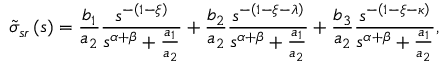
\tilde { \sigma } _ { s r } \left( s \right) = \frac { b _ { 1 } } { a _ { 2 } } \frac { s ^ { - \left( 1 - \xi \right) } } { s ^ { \alpha + \beta } + \frac { a _ { 1 } } { a _ { 2 } } } + \frac { b _ { 2 } } { a _ { 2 } } \frac { s ^ { - \left( 1 - \xi - \lambda \right) } } { s ^ { \alpha + \beta } + \frac { a _ { 1 } } { a _ { 2 } } } + \frac { b _ { 3 } } { a _ { 2 } } \frac { s ^ { - \left( 1 - \xi - \kappa \right) } } { s ^ { \alpha + \beta } + \frac { a _ { 1 } } { a _ { 2 } } } ,